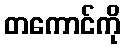
တကောင်ကို